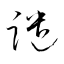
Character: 譴